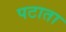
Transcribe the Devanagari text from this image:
पटाता